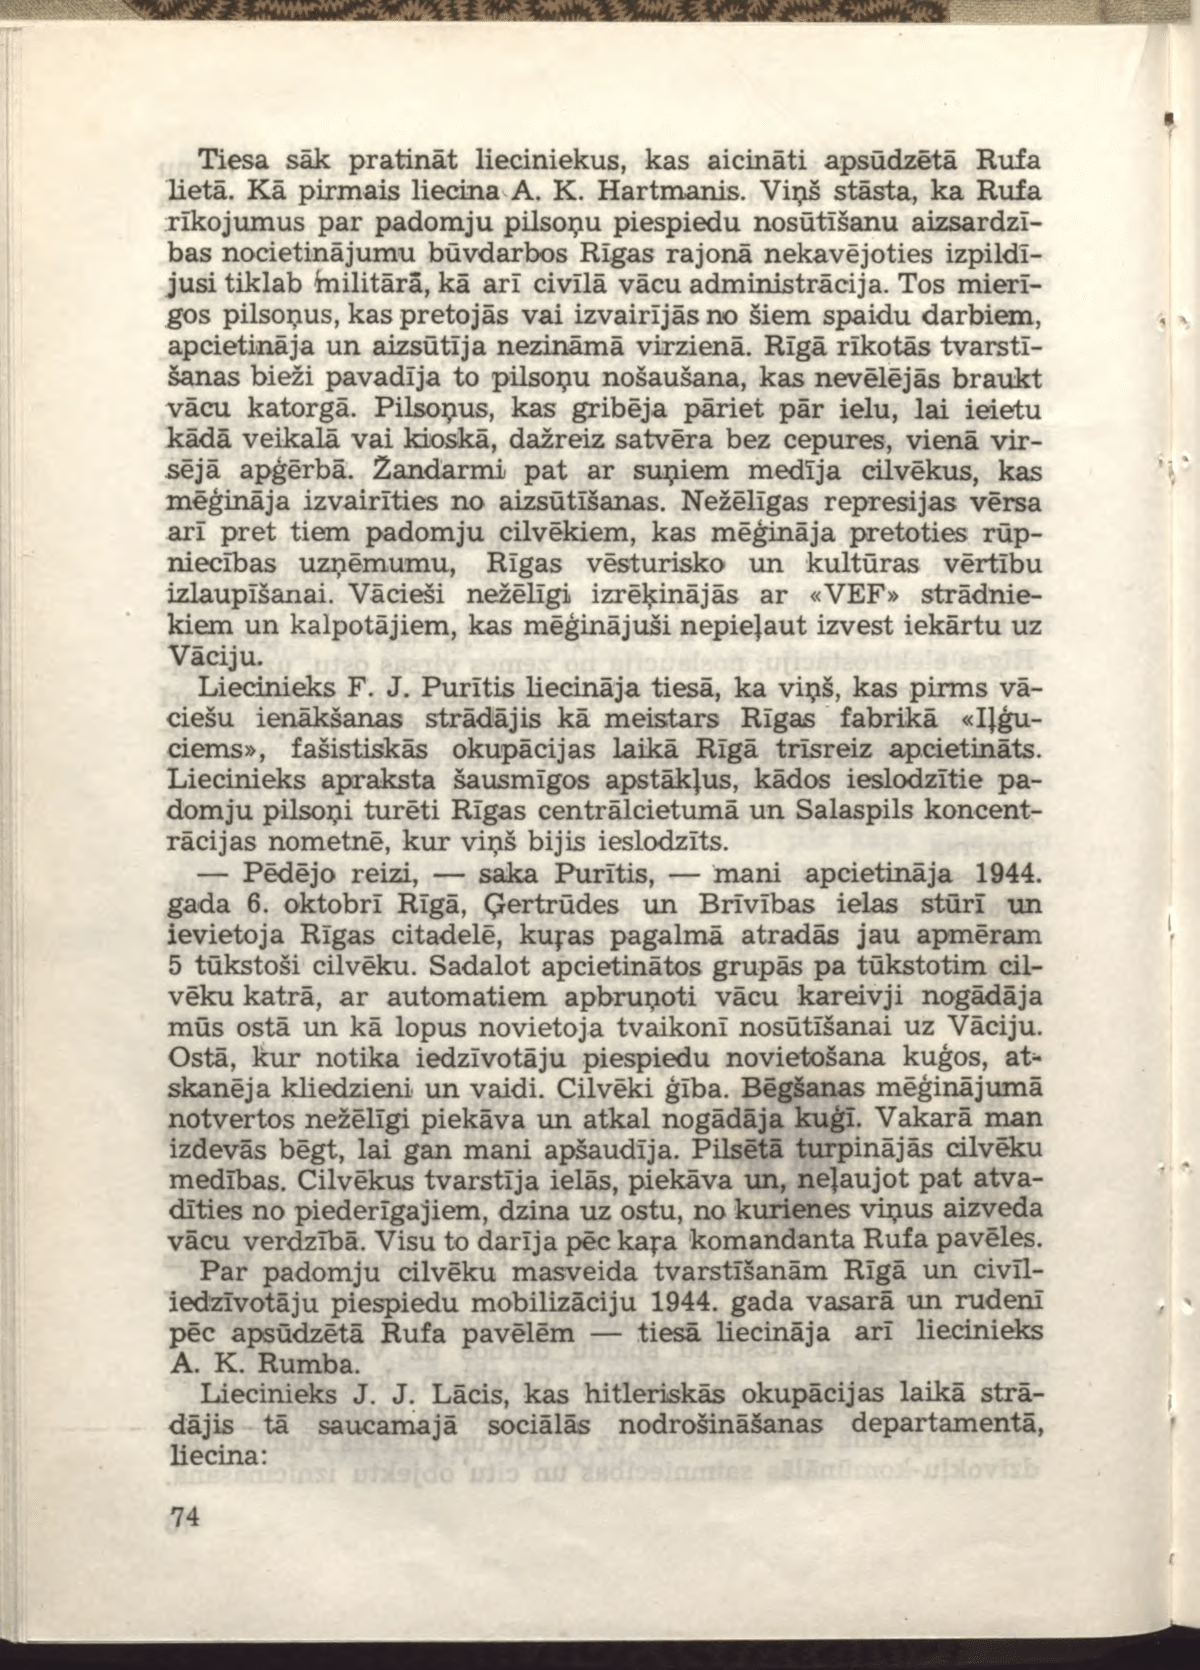
Language: lv